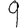
Digit: 9